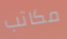
مكاتب